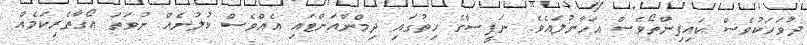
ދުވަހަކުވެސް ކައިފިންތޯވެސް އަހާނުލައެވެ. ނަފީސާގެ ހިތުގައި ދިމްނާއަށްޓައި އެއްވެސް ކުލުނެއް ނުވަތަ އޯގާތެރިކަމެއް